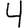
Digit: 4